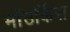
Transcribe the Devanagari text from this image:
माॅउर्किस